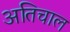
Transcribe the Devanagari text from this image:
अतिचाल